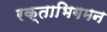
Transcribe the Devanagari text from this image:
रक्ताभिगमन